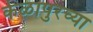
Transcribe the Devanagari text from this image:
केळापुरच्या